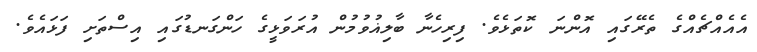
އެއެއްޗެއްގެ ތެރޭގައި އޮންނަ ކޮތަޅެވެ. ފިރިހެނާ ބާލިޣުވުމުން އުރަވަޅީގެ ހަންގަނޑުގައި އިސްތަށި ފަޅައެވެ.